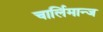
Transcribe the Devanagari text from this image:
चार्लिमान्ज